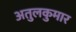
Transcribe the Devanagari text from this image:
अतुलकुमार